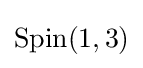
{\text{Spin}}(1,3)